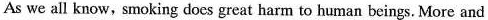
As we all know, smoking does great harm to human beings. More and